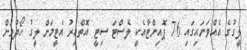
ލީގުގެ އެއްވަނައިގައި 76 ޕޮއިންޓާއެކީ ލެސްޓަ ސިޓީ އޮތްއިރު އެޓީމަށް ލީގު ހޯދުމަށް